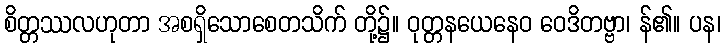
စိတ္တဿလဟုတာ အစရှိသောစေတသိက် တို့၌။ ဝုတ္တနယေနေဝ ဝေဒိတဗ္ဗာ၊ န်၏။ ပန၊